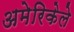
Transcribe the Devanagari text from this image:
अमेरिकेले